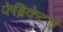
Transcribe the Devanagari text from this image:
फेब्रिकेटर्स